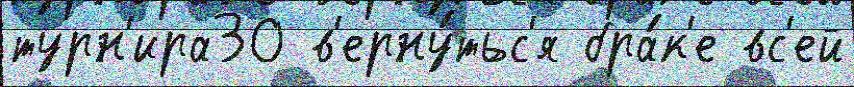
турн'ира30 в'ерну́тьс'я бра́к'е вс'ей